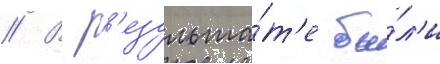
// В р'езульта́т'е бы́л'и